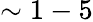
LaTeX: \sim 1-5